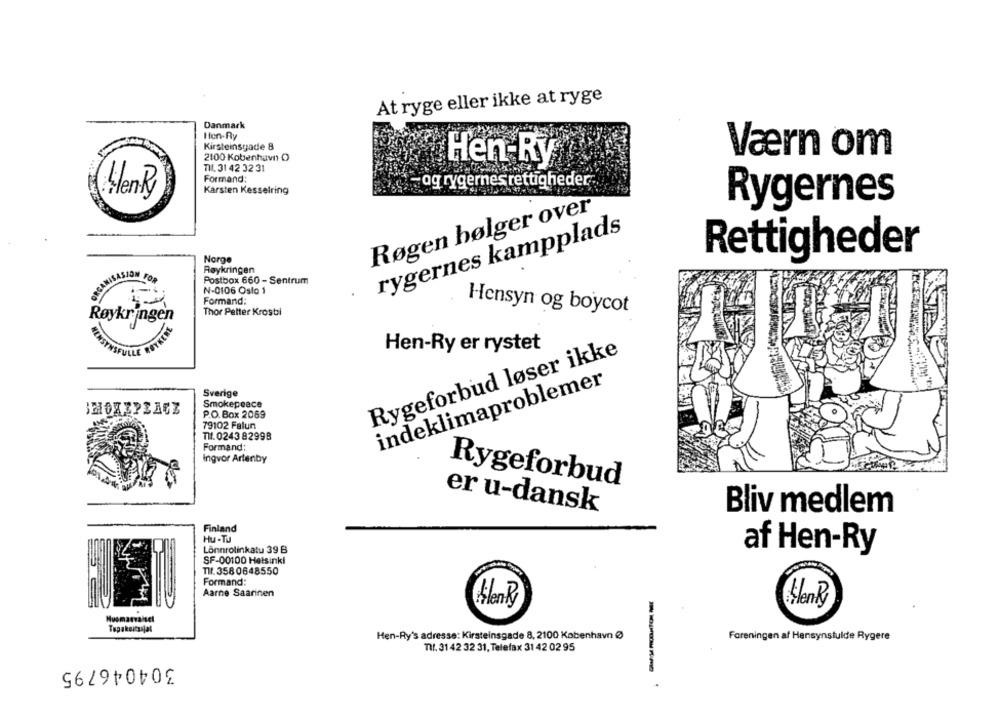
At ryge eller ikke at ryge
Danmark
HenRy
Kirsteinsnade 8
2100 Kobenhavn O
Værn om
Hen-Ry
TIL, 31 42 32 31
Formand:
og rygernes rettigheder"
HenRy
Karsten Kesselring
Rygernes
Røgen bølger over
rygernes kampplads
Norge
Rettigheder
Røykringen
ANISASION FOR
Postbox 660 - Sentrum
N-0106 Oslo 1
Formand:
Hensyn og boycot
Thor Petter Krosti
Røykringen
NSYNSFULLE
Rygeforbud løser ikke
Hen-Ry er rystet
indeklimaproblemer
Sverige
Smokepeace
P.O. Box 2069
79102 Falun
Tlf. 0243 82998
Formand;
Ingvor Artenby
Rygeforbud
er u-dansk
Bliv medlem
Finland
Hu-Tu
Lönnrolinkatu 39 B
af Hen-Ry
SF-00100 Helsinki
TII. 358 0648550
Formand:
Aarne Saarinen
Hlenky
Hlenky
Topakniczajal
Hen-Ry's adresse: Kirsteinsgade 8, 2100 København Ø
Foreningen af Hensynstulde Rygere
nif. 31 42 32 31, Telefax 31 42 02 95
304046795